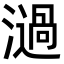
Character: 濄